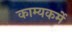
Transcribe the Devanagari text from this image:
काम्यकर्मे